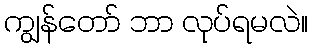
ကျွန်တော် ဘာ လုပ်ရမလဲ။